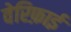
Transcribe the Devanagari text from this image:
वेरिफ़ाई